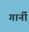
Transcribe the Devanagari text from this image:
गार्नी